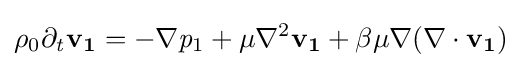
{\mathit {\rho }}_{0}\partial _{\mathit {t}}{\textbf {v}}_{\textbf {1}}=-\nabla {\mathit {p}}_{1}+{\mathit {\mu }}\nabla ^{2}{\textbf {v}}_{\textbf {1}}+{\mathit {\beta }}{\mathit {\mu }}\nabla (\nabla \cdot {\textbf {v}}_{\textbf {1}})